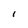
Character: I